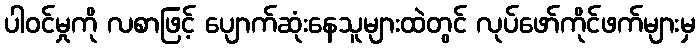
ပါဝင်မှုကို လစာဖြင့် ပျောက်ဆုံးနေသူများထဲတွင် လုပ်ဖော်ကိုင်ဖက်များမှ